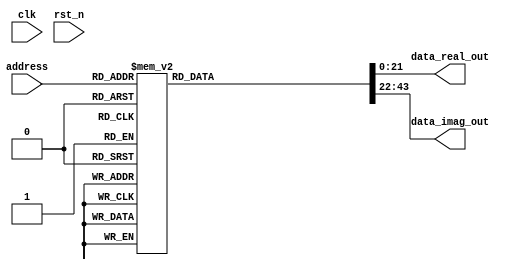
module Rom2(
    input clk,
    input rst_n,
    input [5:0] address,
    output reg [21:0] data_real_out,
    output reg [21:0] data_imag_out
);
always@(*)begin
    case (address)
//4 
    6'b000100:begin
//1 
        data_real_out=22'b0000000000000001000000;
//0 
        data_imag_out=22'b0000000000000000000000;
    end
//5 
    6'b000101:begin
//0 
        data_real_out=22'b0000000000000000000000;
//-1 
        data_imag_out=22'b1111111111111111000000;
    end
//8 
    6'b001000:begin
//1 
        data_real_out=22'b0000000000000001000000;
//0 
        data_imag_out=22'b0000000000000000000000;
    end
//9 
    6'b001001:begin
//0 
        data_real_out=22'b0000000000000000000000;
//-1 
        data_imag_out=22'b1111111111111111000000;
    end
//12 
    6'b001100:begin
//1 
        data_real_out=22'b0000000000000001000000;
//0 
        data_imag_out=22'b0000000000000000000000;
    end
//13 
    6'b001101:begin
//0 
        data_real_out=22'b0000000000000000000000;
//-1 
        data_imag_out=22'b1111111111111111000000;
    end
//16 
    6'b010000:begin
//1 
        data_real_out=22'b0000000000000001000000;
//0 
        data_imag_out=22'b0000000000000000000000;
    end
//17 
    6'b010001:begin
//0 
        data_real_out=22'b0000000000000000000000;
//-1 
        data_imag_out=22'b1111111111111111000000;
    end
//20 
    6'b010100:begin
//1 
        data_real_out=22'b0000000000000001000000;
//0 
        data_imag_out=22'b0000000000000000000000;
    end
//21 
    6'b010101:begin
//0 
        data_real_out=22'b0000000000000000000000;
//-1 
        data_imag_out=22'b1111111111111111000000;
    end
//24 
    6'b011000:begin
//1 
        data_real_out=22'b0000000000000001000000;
//0 
        data_imag_out=22'b0000000000000000000000;
    end
//25 
    6'b011001:begin
//0 
        data_real_out=22'b0000000000000000000000;
//-1 
        data_imag_out=22'b1111111111111111000000;
    end
//28 
    6'b011100:begin
//1 
        data_real_out=22'b0000000000000001000000;
//0 
        data_imag_out=22'b0000000000000000000000;
    end
//29 
    6'b011101:begin
//0 
        data_real_out=22'b0000000000000000000000;
//-1 
        data_imag_out=22'b1111111111111111000000;
    end
//32 
    6'b100000:begin
//1 
        data_real_out=22'b0000000000000001000000;
//0 
        data_imag_out=22'b0000000000000000000000;
    end
//33 
    6'b100001:begin
//0 
        data_real_out=22'b0000000000000000000000;
//-1 
        data_imag_out=22'b1111111111111111000000;
    end
//1 
    default:begin
        data_real_out=23'b0000000000000001000000;
//1 
        data_imag_out=23'b0000000000000000000000;
    end
    endcase
end
endmodule